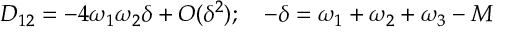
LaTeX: D _ { 1 2 } = - 4 \omega _ { 1 } \omega _ { 2 } \delta + O ( \delta ^ { 2 } ) ; \quad - \delta = \omega _ { 1 } + \omega _ { 2 } + \omega _ { 3 } - M